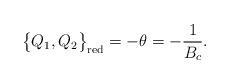
LaTeX: \begin{align*}\big\{Q_{1}, Q_{2}\big\}_{{\rm red}}=-\theta=-\frac{1}{B_{c}}.\end{align*}